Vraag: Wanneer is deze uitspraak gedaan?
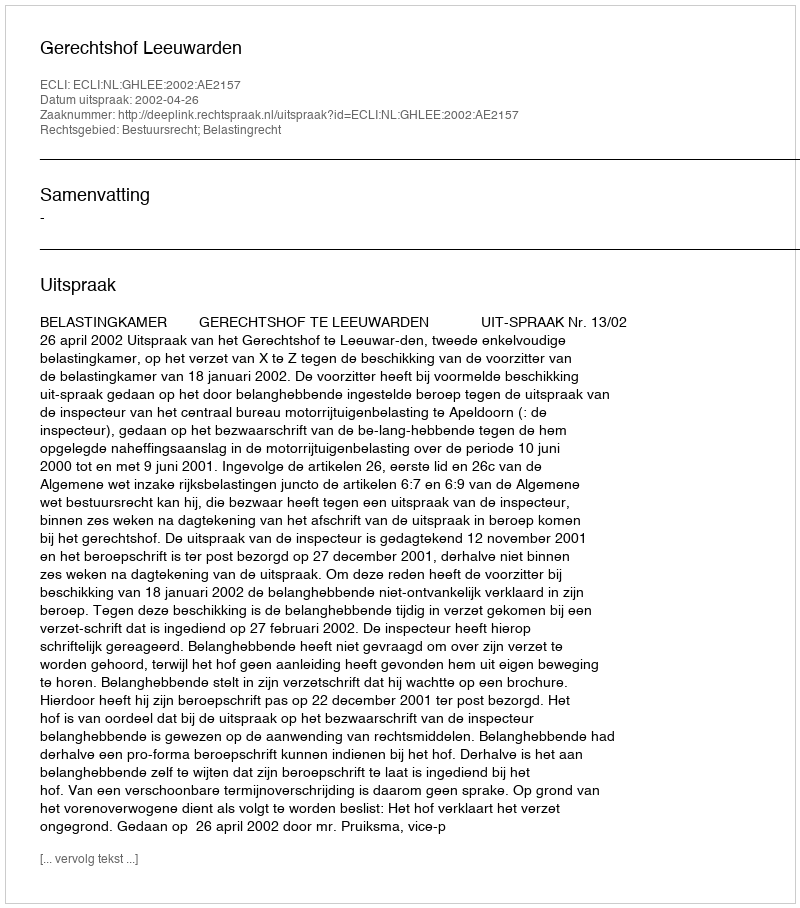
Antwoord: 2002-04-26